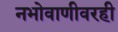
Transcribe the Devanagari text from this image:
नभोवाणीवरही